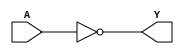
`timescale 1ns / 1ps
//////////////////////////////////////////////////////////////////////////////////
// Company: 
// Engineer: 
// 
// Design Name: 
// Module Name: Op_Not
// Project Name: 
// Target Devices: 
// Tool Versions: 
// Description: 
// 
// Dependencies: 
// 
// Revision:
// Revision 0.01 - File Created
// Additional Comments:
// 
//////////////////////////////////////////////////////////////////////////////////

module Op_Not #(parameter N=8) (
    input[N-1:0]A,
    output [N-1:0]Y
);
assign Y=~A;

endmodule